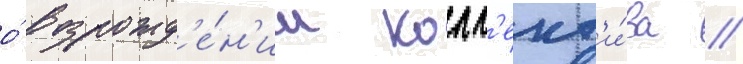
о́ возрожд'е́н'ии колл'ект'и́ва //